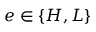
e \in \{ H , L \}